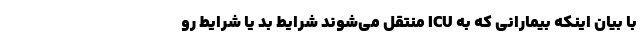
با بیان اینکه بیمارانی که به ICU منتقل می‌شوند شرایط بد یا شرایط رو